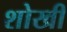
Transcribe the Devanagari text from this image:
शोखी